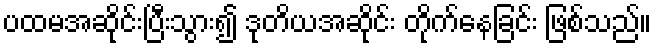
ပထမအဆိုင်းပြီးသွား၍ ဒုတိယအဆိုင်း တိုက်နေခြင်း ဖြစ်သည်။